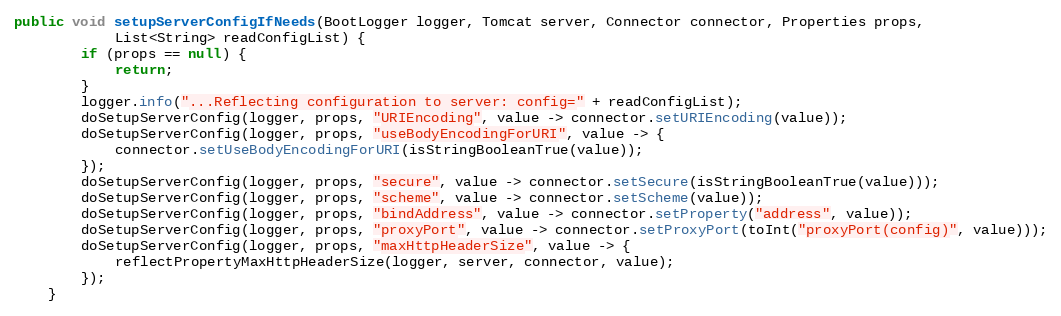
Language: Java
public void setupServerConfigIfNeeds(BootLogger logger, Tomcat server, Connector connector, Properties props,
            List<String> readConfigList) {
        if (props == null) {
            return;
        }
        logger.info("...Reflecting configuration to server: config=" + readConfigList);
        doSetupServerConfig(logger, props, "URIEncoding", value -> connector.setURIEncoding(value));
        doSetupServerConfig(logger, props, "useBodyEncodingForURI", value -> {
            connector.setUseBodyEncodingForURI(isStringBooleanTrue(value));
        });
        doSetupServerConfig(logger, props, "secure", value -> connector.setSecure(isStringBooleanTrue(value)));
        doSetupServerConfig(logger, props, "scheme", value -> connector.setScheme(value));
        doSetupServerConfig(logger, props, "bindAddress", value -> connector.setProperty("address", value));
        doSetupServerConfig(logger, props, "proxyPort", value -> connector.setProxyPort(toInt("proxyPort(config)", value)));
        doSetupServerConfig(logger, props, "maxHttpHeaderSize", value -> {
            reflectPropertyMaxHttpHeaderSize(logger, server, connector, value);
        });
    }